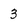
Character: 3